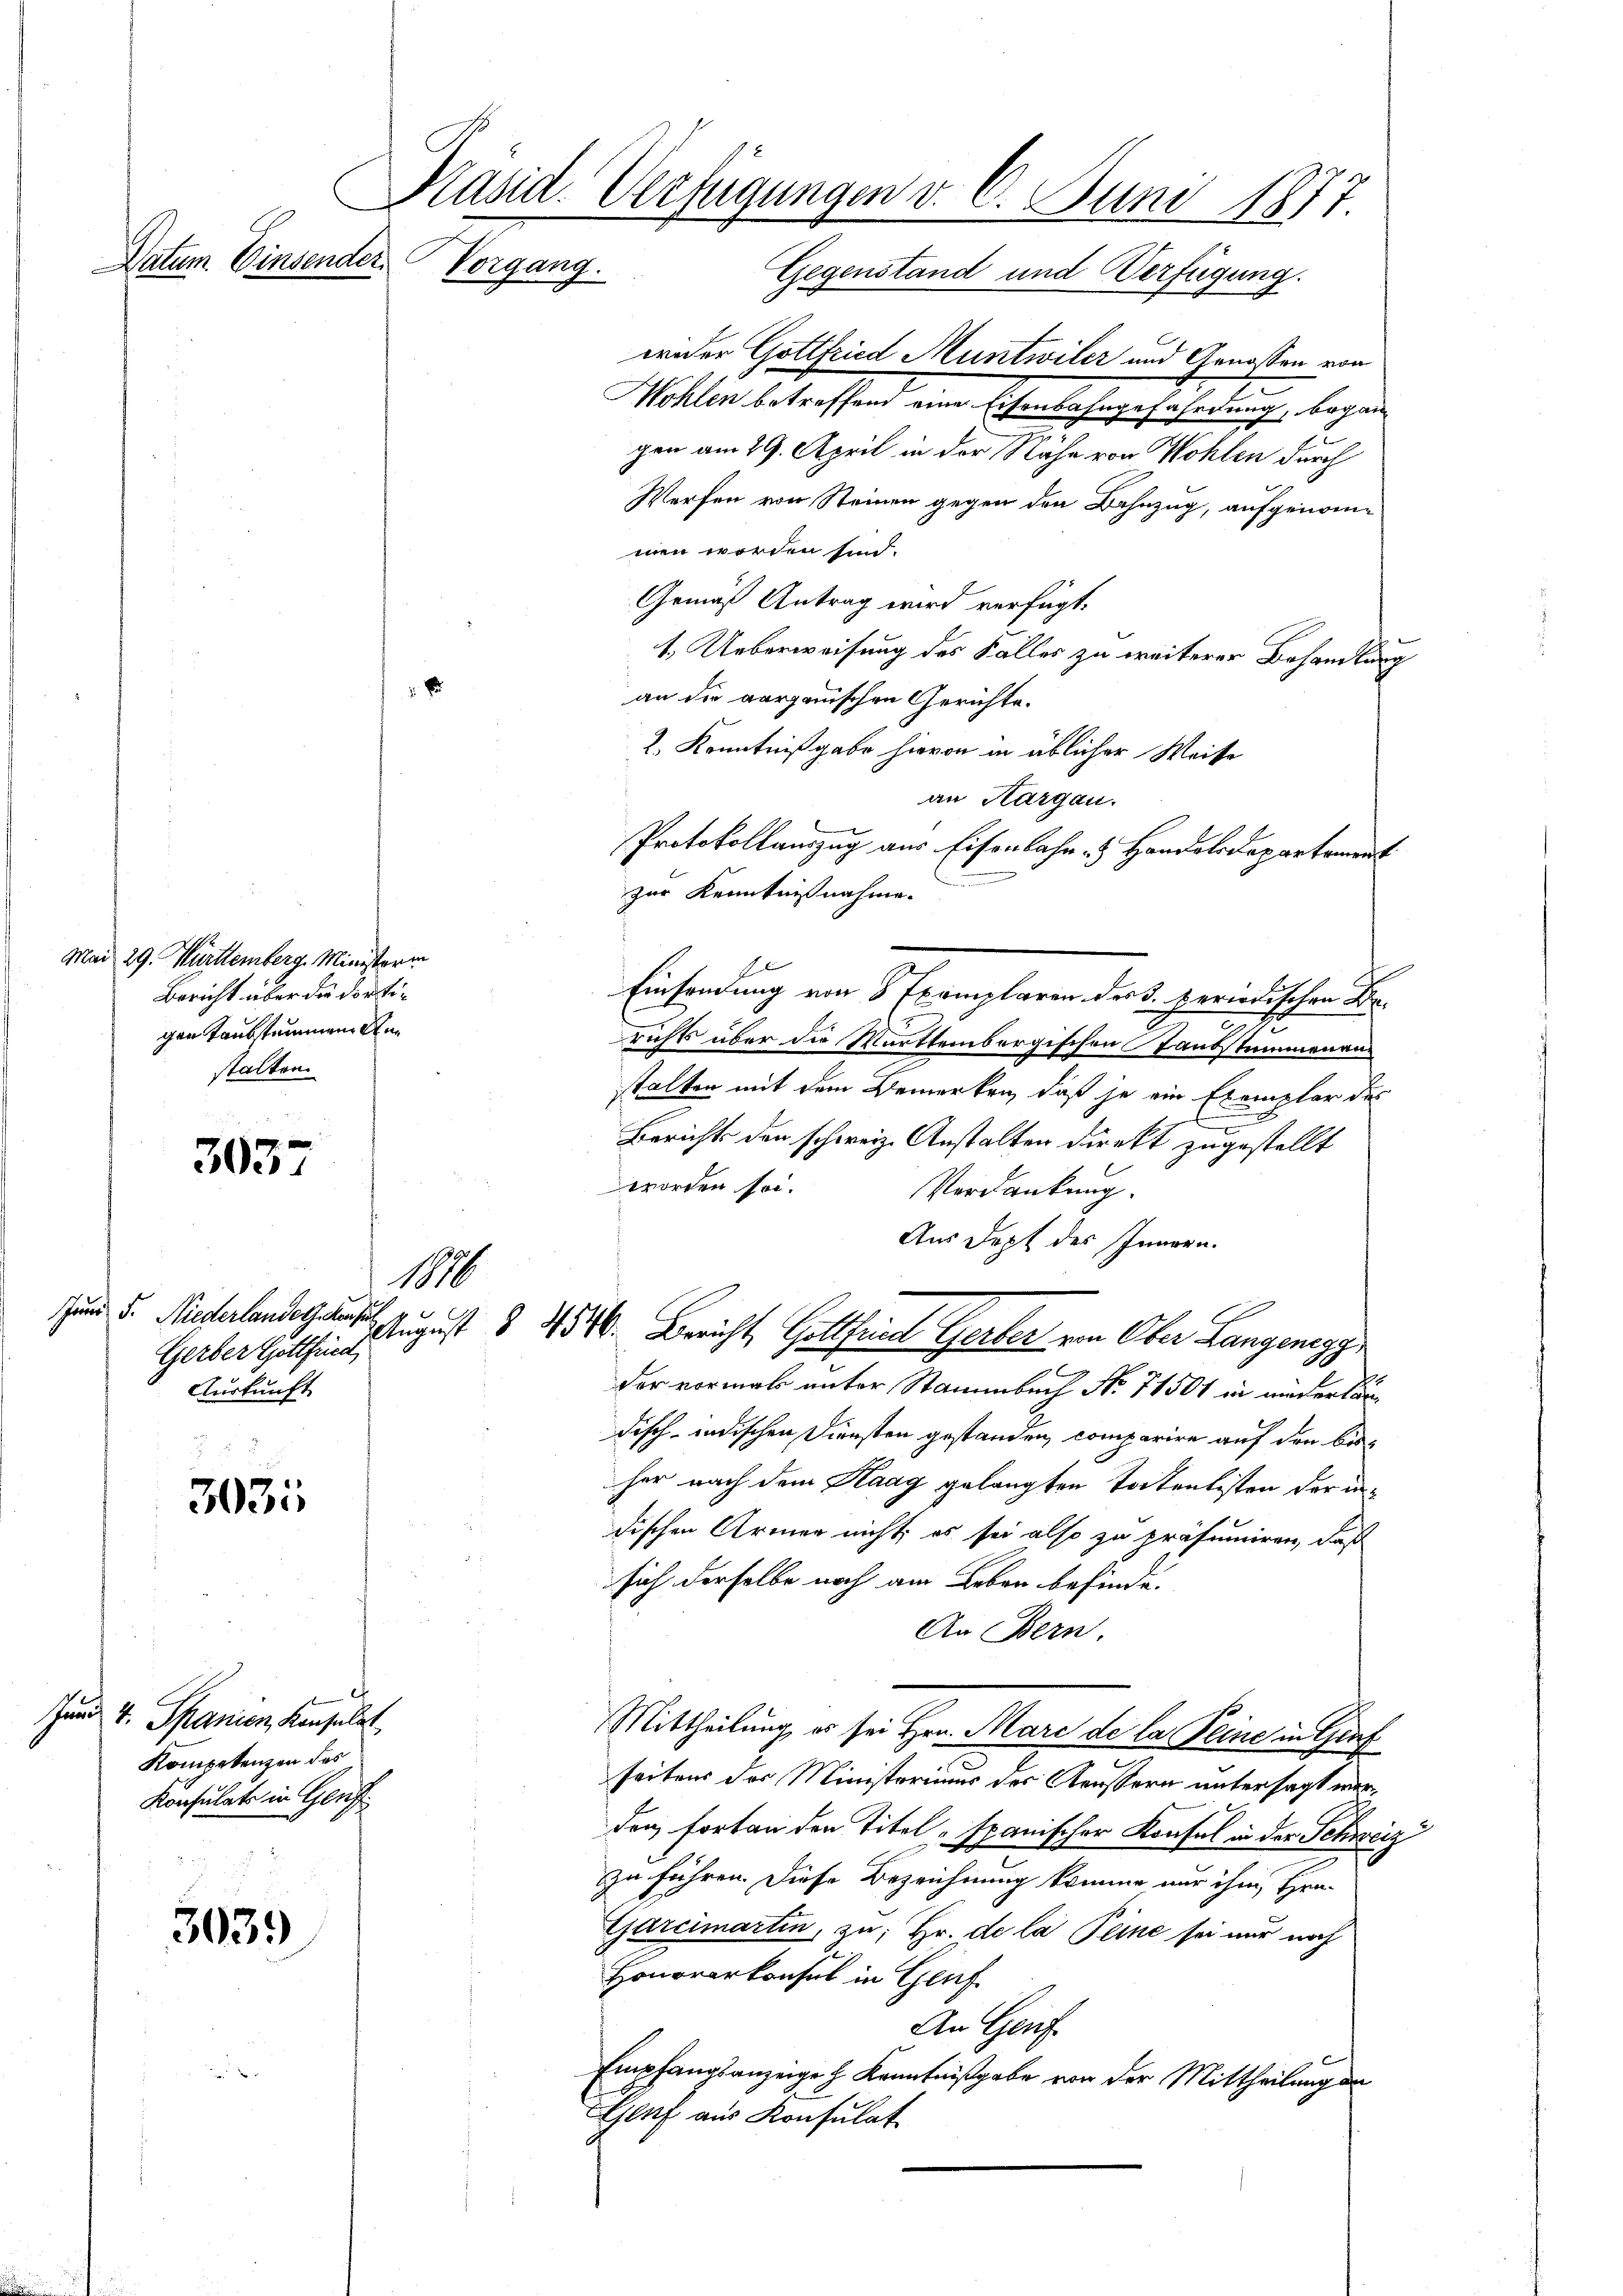
Mai 29. Württemberg. Ministerr
Bericht über die dortigen Taubstummen Anstalten.

3057

Jund 5. Niederlanders Konsul
Auskunft

3035

er
Juni v. Spanien, Konsulat
Kompetenzen des
Konsulats in Genf

303.

Präsid. Verfügungen v. 6. Juni 1877
Datum Einsender Vorgang.
Gegenstand und Verfügung.

E

101

weder Gottfried Muntwiler und Genossen von
c
Mohlen betreffend eine Eisenbahngefährdung, begangen am 29. April in der Nähe von Wohlen durch
Werfen von Steinen gegen den Bahnzug, aufgenommen worden sind.
Gemäß Antrag wird verfügt:
1. Ueberweisung des Falles zu weiterer Behandlung
an die aargauischen Gerichte.
2. Kenntnißgabe hievon in üblicher Weise
an Aargau.
Protokollauszug aus Eisenbahr - Handolodepartement
zur Kenntnißnahme.
d
Einsendung von 8 Exemplaren der 3. periodischen Ber
richts über die Württembergischen Taubstummenanstalten mit dem Bemerken, daß je ein Exemplar des
b
Berichts den schweiz. Anstalten direkt zugestellt
worden so.
Verdankung.
Aus Dept des Innern.
Gerber hätte 2. August § 354. Bericht Gottfried Gerber von Ober Langenegg
der vormals unter Stammbach No. 71501 in niederländisch-indischen Diensten gestanden, comparire auf den bisher nach dem Kaag gelangten Tortenlisten der indischen Armen nicht, es sei also zu präsumiren, daß
sich derselbe noch am Leben befinde.
An Bern.
Mittheilung, es sei Hrn. Marc de la Reine in Graf
seitens des Ministerimus der Aeussern untersagt werden Fortan den Titel - spanischer Konsul in der Schweiz
zu führen. Diese Bezeichnung komme nur ihm Hrn.
Garcimartin, zu; Hr. de la Pline sei nur noch
Honorarkonsul in Genf
An Genf
Empfangsanzeige h. Kenntnißgabe von der Mittheilung de
Genf aus Konsulat